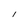
Character: l